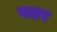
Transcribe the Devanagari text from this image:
खब्रर